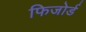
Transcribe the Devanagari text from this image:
फिजोर्ड